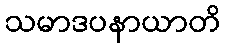
သမာဒပနာယာတိ